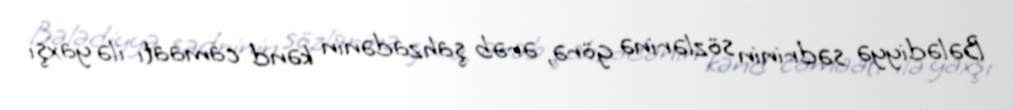
Bələdiyyə sədrinin sözlərinə görə, ərəb şahzadənin kənd camaatı ilə yaxşı